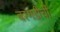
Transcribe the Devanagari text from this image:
बरगडीची